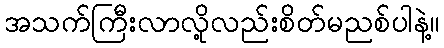
အသက်ကြီးလာလို့လည်းစိတ်မညစ်ပါနဲ့။